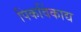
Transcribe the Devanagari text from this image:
पिकविंकाद्य